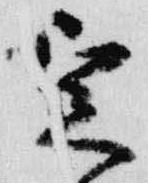
定